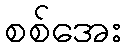
စစ်အေး